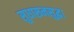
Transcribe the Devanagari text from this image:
सुधारूनसुद्धा